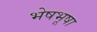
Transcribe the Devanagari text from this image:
भेषभूषा